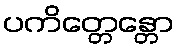
ပကိတ္တေန္တော